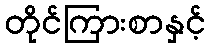
တိုင်ကြားစာနှင့်